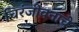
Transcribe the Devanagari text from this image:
चिरंजीवनाचे